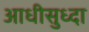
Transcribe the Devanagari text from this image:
आधीसुध्दा